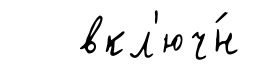
вкл'юч́н